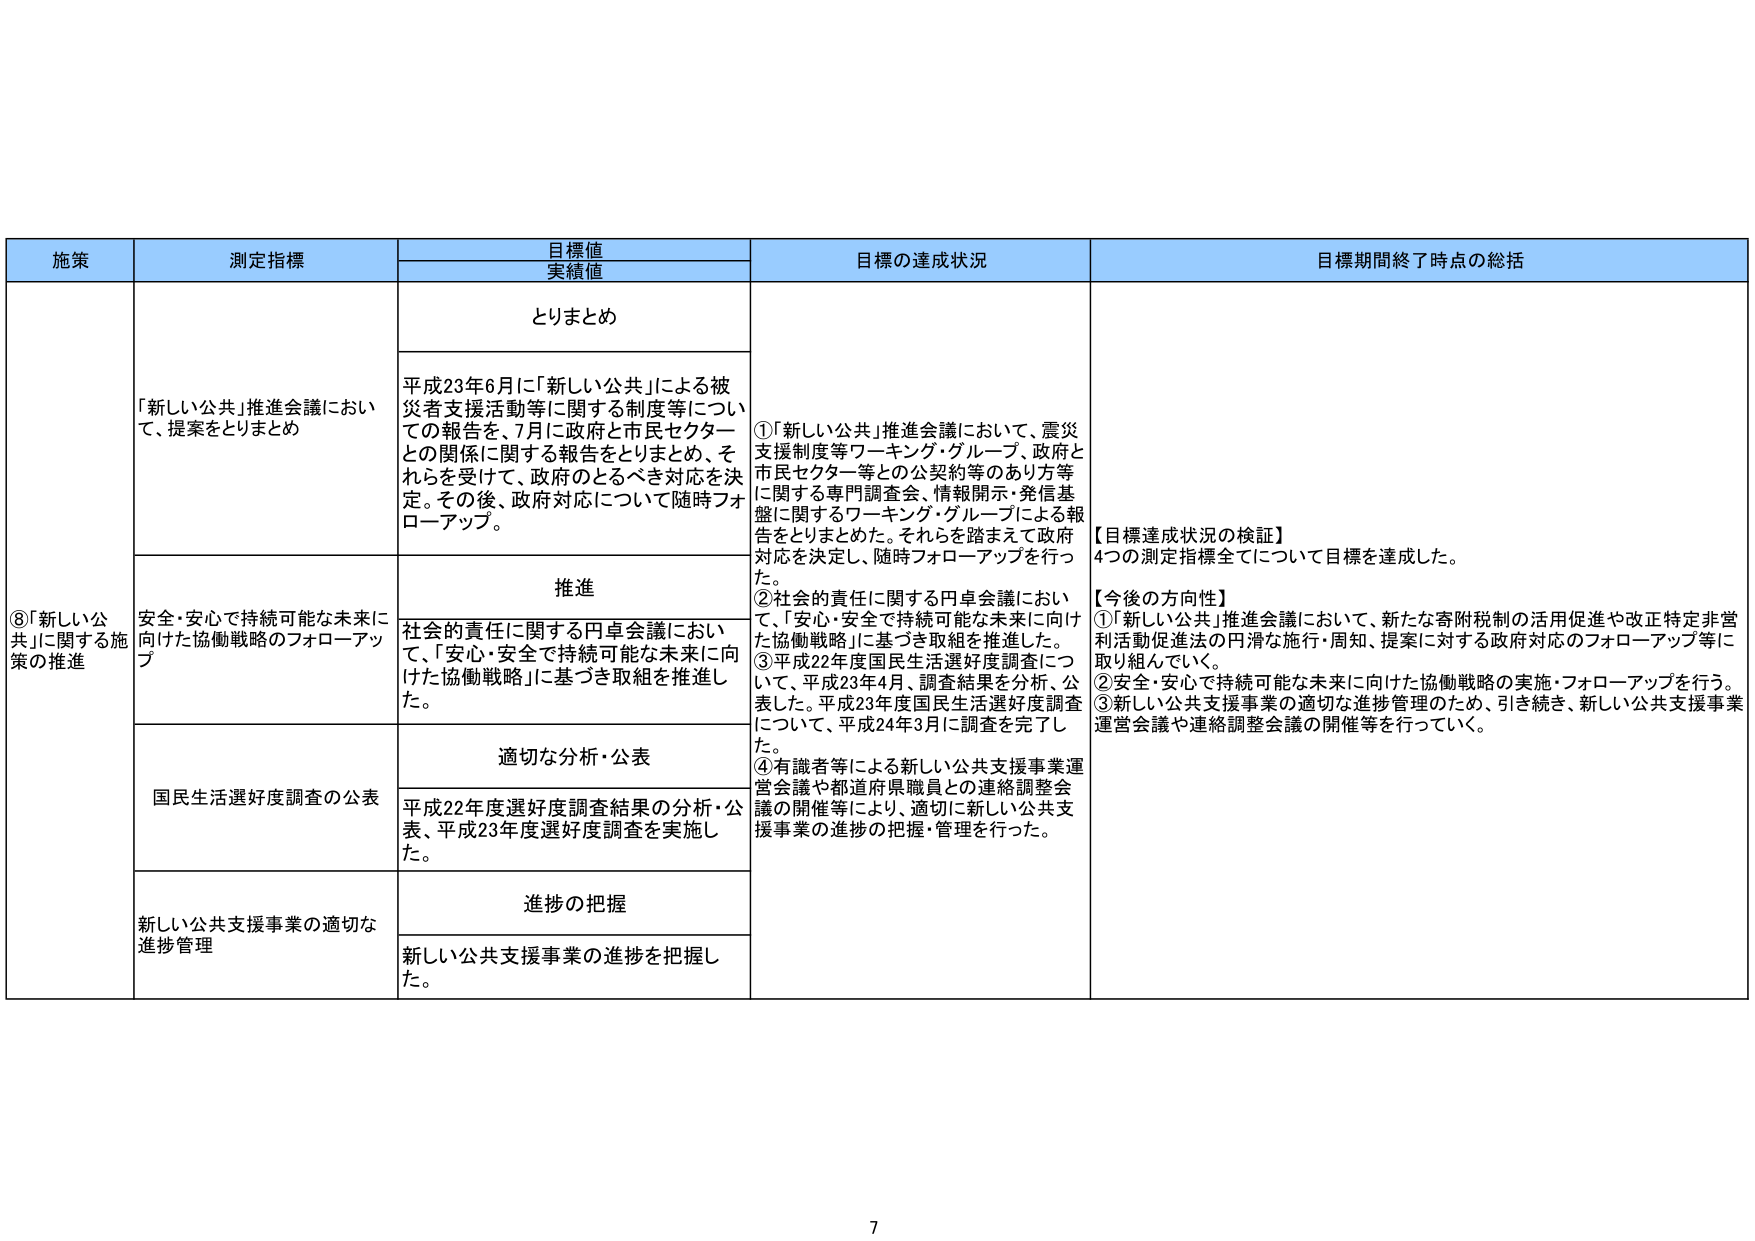
施策 測定指標 目標値 実績値 目標の達成状況 目標期間終了時点の総括 ⑧「新しい公共」に関する施策の推進 「新しい公共」推進会議において、提案をとりまとめ とりまとめ 平成23年6月に「新しい公共」による被災者支援活動等に関する制度等についての報告を、7月に政府と市民セクターとの関係に関する報告をとりまとめ、それらを受けて、政府のとるべき対応を決定。その後、政府対応について随時フォローアップ。 推進 安全・安心で持続可能な未来に向けた協働戦略のフォローアップ 社会的責任に関する円卓会議において、「安心・安全で持続可能な未来に向けた協働戦略」に基づき取組を推進した。 適切な分析・公表 国民生活選好度調査の公表 平成22年度選好度調査結果の分析・公表、平成23年度選好度調査を実施した。 進捗の把握 新しい公共支援事業の適切な進捗管理 新しい公共支援事業の進捗を把握した。 ①「新しい公共」推進会議において、震災支援制度等ワーキング・グループ、政府と市民セクター等との公契約等のあり方等に関する専門調査会、情報開示・発信基盤に関するワーキング・グループによる報告をとりまとめた。それらを踏まえて政府対応を決定し、随時フォローアップを行った。 ②社会的責任に関する円卓会議において、「安心・安全で持続可能な未来に向けた協働戦略」に基づき取組を推進した。 ③平成22年度国民生活選好度調査について、平成23年4月、調査結果を分析、公表した。平成23年度国民生活選好度調査について、平成24年3月に調査を完了した。 ④有識者等による新しい公共支援事業運営会議や都道府県職員との連絡調整会議の開催等により、適切に新しい公共支援事業の進捗の把握・管理を行った。 【目標達成状況の検証】 4つの測定指標全てについて目標を達成した。 【今後の方針性】 ①「新しい公共」推進会議において、新たな寄附税制の活用促進や改正特定非営利活動促進法の円滑な施行・周知、提案に対する政府対応のフォローアップ等に取り組んでいく。 ②安全・安心で持続可能な未来に向けた協働戦略の実施・フォローアップを行う。 ③新しい公共支援事業の適切な進捗管理のため、引き続き、新しい公共支援事業運営会議や連絡調整会議の開催等を行っていく。 7